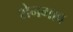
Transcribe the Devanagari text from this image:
शेनगाव